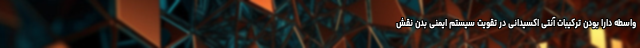
واسطه دارا بودن ترکیبات آنتی اکسیدانی در تقویت سیستم ایمنی بدن نقش